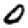
Digit: 0